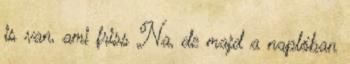
is van, ami friss Na, de majd a naplóban